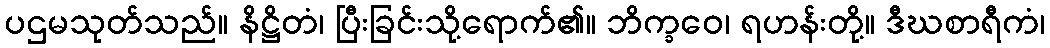
ပဌမသုတ်သည်။ နိဋ္ဌိတံ၊ ပြီးခြင်းသို့ရောက်၏။ ဘိက္ခဝေ၊ ရဟန်းတို့။ ဒီဃစာရီကံ၊